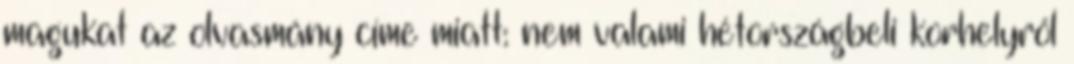
magukat az olvasmány címe miatt: nem valami hétországbeli korhelyről